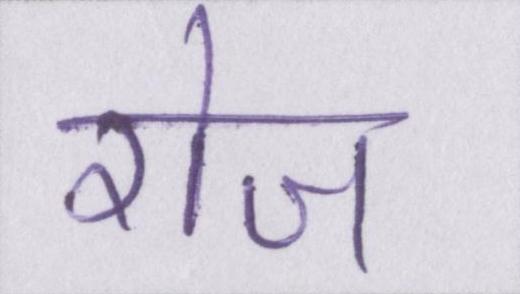
रोज